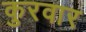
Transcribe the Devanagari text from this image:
कुरवार